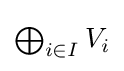
{\textstyle \bigoplus _{i\in I}V_{i}}